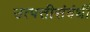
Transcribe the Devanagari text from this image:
उत्पत्तीसंबंधीं